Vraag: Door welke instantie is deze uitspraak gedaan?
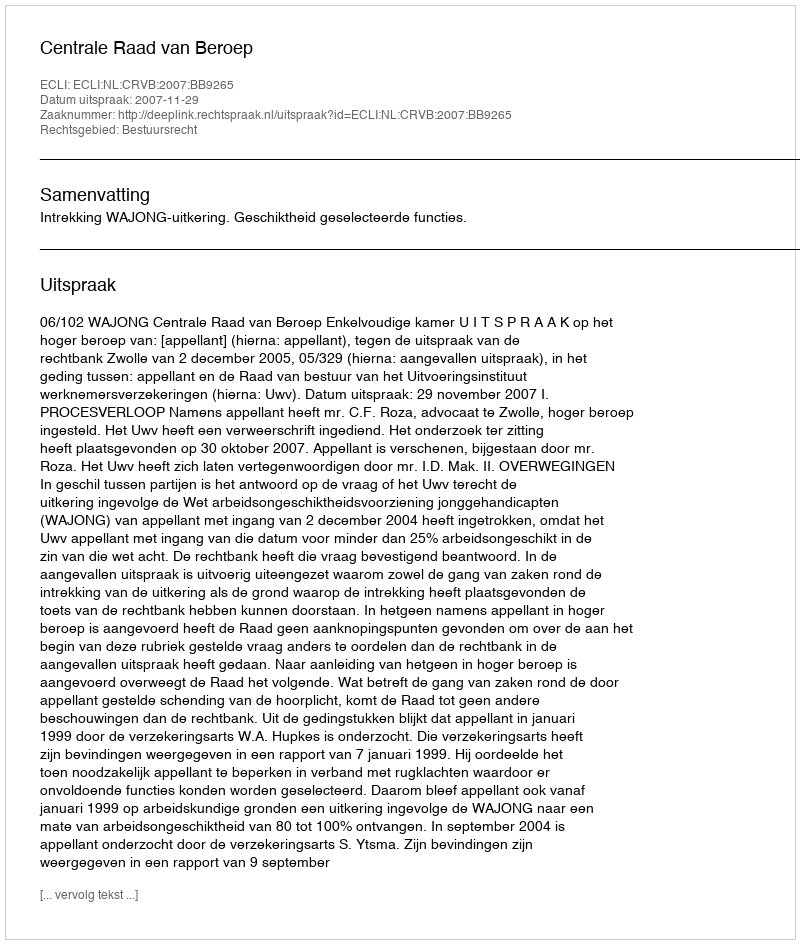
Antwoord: Centrale Raad van Beroep